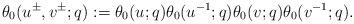
LaTeX: \begin{align*}\theta_0(u^{\pm}, v^{\pm}; q) := \theta_0(u; q) \theta_0(u^{-1}; q) \theta_0(v; q) \theta_0(v^{-1}; q).\end{align*}